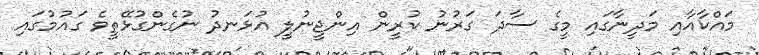
މައްކާއާއި މަދީނާގައި މީގެ ސާދަ ގަރުނު ކުރީން އިންޖީނުލީ އުޅަނދު ނުގެންގުޅޭތީވެ ގައުމުގައި